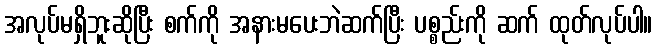
အလုပ်မရှိဘူးဆိုပြီး စက်ကို အနားမပေးဘဲဆက်ပြီး ပစ္စည်းကို ဆက် ထုတ်လုပ်ပါ။